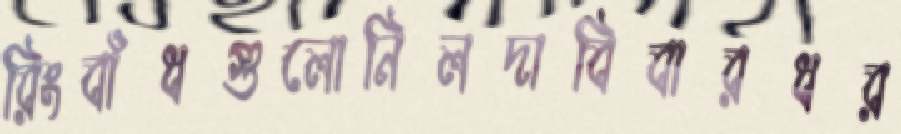
রিংবাঁধগুলোনিলদাবিবারধর